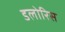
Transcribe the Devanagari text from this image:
डलोरिस